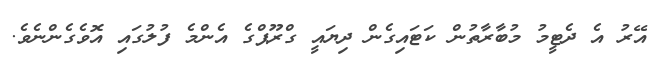
އޭރު އެ ދެޓީމު މުބާރާތުން ކަޓައިގެން ދިޔައީ ގްރޫޕްގެ އެންމެ ފުލުގައި އޮވެގެންނެވެ.